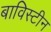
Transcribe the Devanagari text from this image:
बाविस्टीन